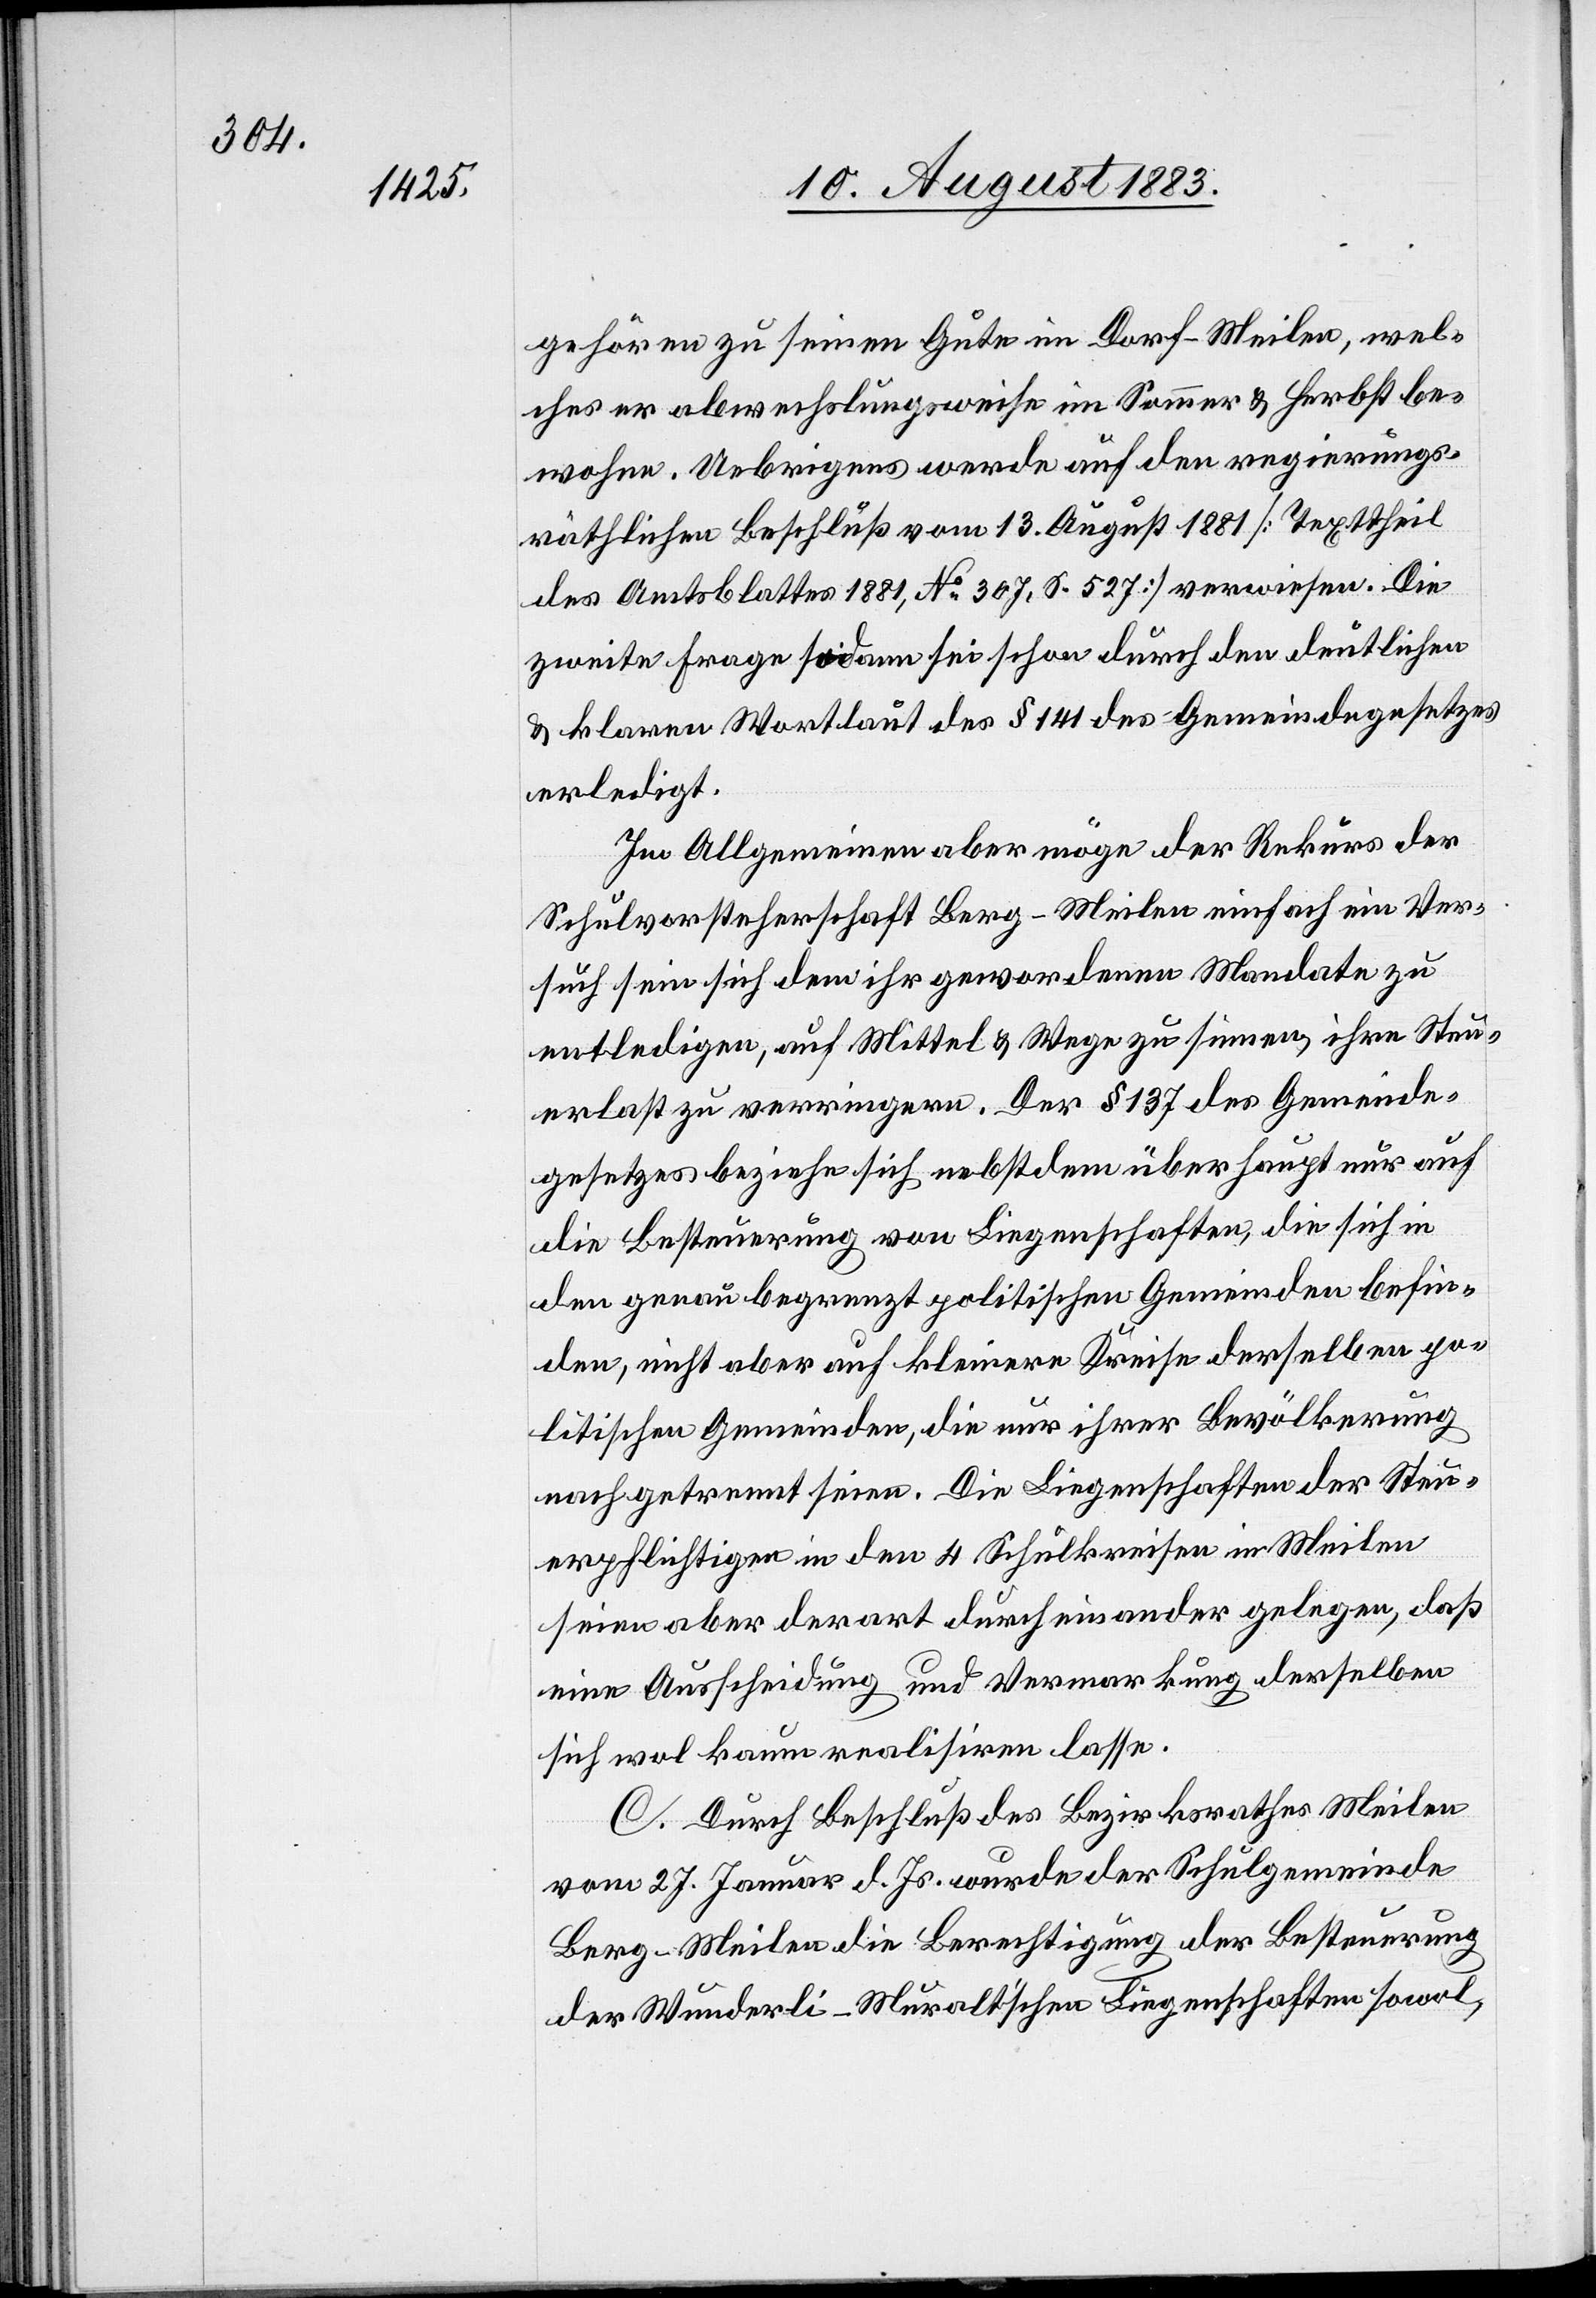
gehören zu seinem Gute in Dorf - Meilen, wel¬
ches er abwechslungsweise im Sommer & Herbst be¬
wohne. Uebrigens werde auf den regierungs¬
räthlichen Beschluß vom 13. August 1881 [Texttheil
des Amtsblattes 1881, No 307, S. 527] verwiesen. Die
zweite Frage sodann sei schon durch den deutlichen
& klaren Wortlaut des § 141 des Gemeindegesetzes
erledigt.
Im Allgemeinen aber möge der Rekurs der
Schulvorsteherschaft Berg - Meilen einfach ein Ver¬
such sein sich dem ihr gewordenen Mandate zu
entledigen, auf Mittel & Wege zu sinnen, ihre Steu¬
erlast zu verringern. Der § 137 des Gemeinde¬
gesetzes beziehe sich nebstdem überhaupt nur auf
die Besteuerung von Liegenschaften, die sich in
den genau begrenzt[en] politischen Gemeinden befin¬
den, nicht aber auf kleinere Kreise derselben po¬
litischen Gemeinden, die nur ihrer Bevölkerung
nach getrennt seien. Die Liegenschaften der Steu¬
erpflichtigen in den 4 Schulkreisen in Meilen
seien aber derart durcheinander gelegen, daß
eine Ausscheidung und Vermarkung derselben
sich wol kaum realisiren lasse.
C. Durch Beschluß des Bezirksrathes Meilen
vom 27. Januar d. Js. wurde der Schulgemeinde
Berg - Meilen die Berechtigung der Besteuerung
der Wunderli-Muralt’schen Liegenschaften sowol,